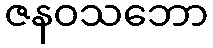
ဇနဝသဘော